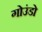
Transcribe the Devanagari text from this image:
गोउंडो